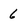
Character: 6